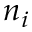
n _ { i }